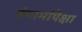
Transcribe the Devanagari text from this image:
हंगामांपेक्षा